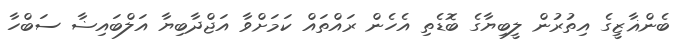
ބެންޣާޒީގެ އިތުރުން ލީބިޔާގެ ބޮޑެތި އެހެން ރައްތައް ކަމަށްވާ އަޖްދާބިޔާ އަލްބައިޟާ ސަބްހާ